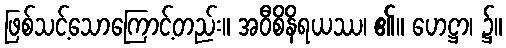
ဖြစ်သင့်သောကြောင့်တည်း။ အဝီစိနိရယဿ၊ ၏။ ဟေဋ္ဌာ၊ ၌။